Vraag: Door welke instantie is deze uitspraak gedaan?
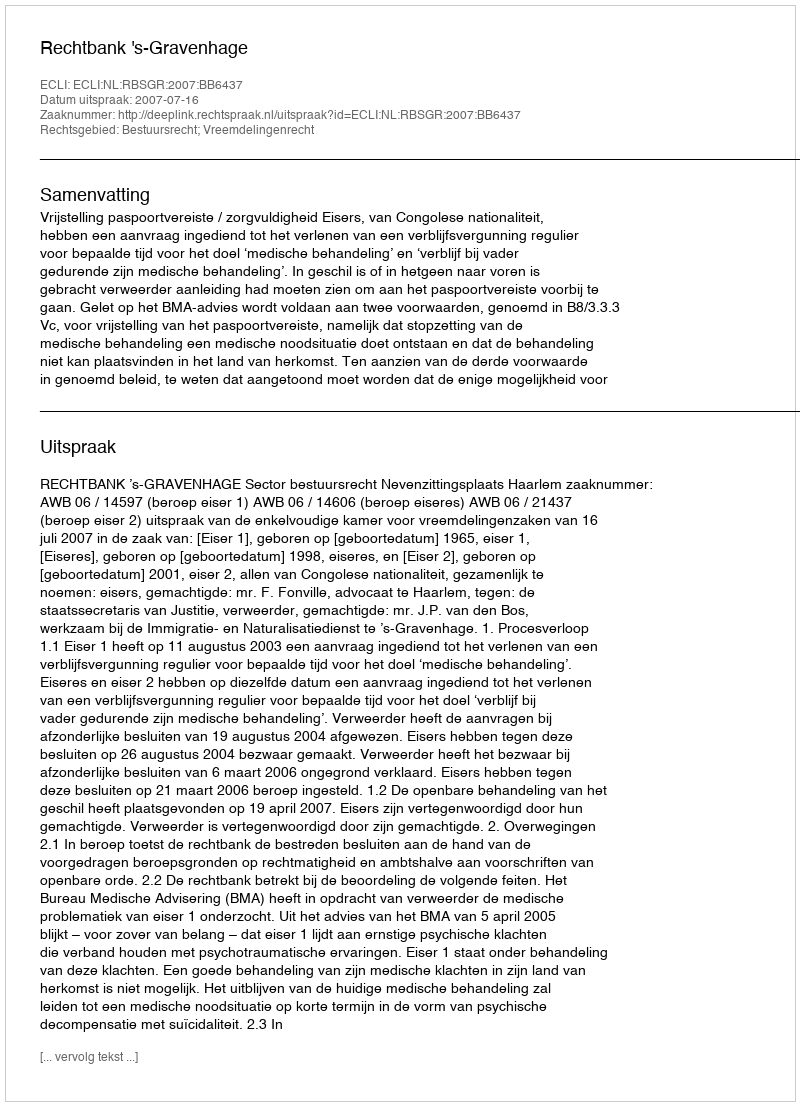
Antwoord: Rechtbank 's-Gravenhage